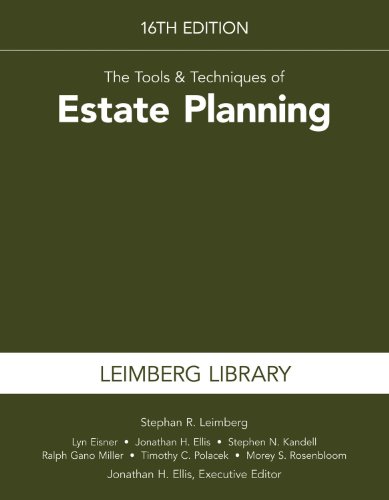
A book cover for The Tools & Techniques of Estate Planning, 16th Edition; Stephan R. Leimberg; Business & Money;